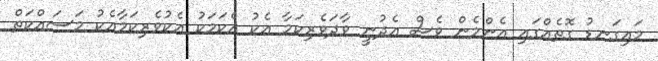
މައިގަނޑު ގޮތެއްގައި އެންމެން ވެސް އެދުނީ ވާދަވެރިކަމާ އެކު އެކަމަކު އެކުވެރިކަމާއެކު މަސައްކަތް